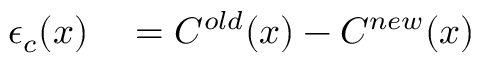
\begin{array} { r l } { \epsilon _ { c } ( x ) } & { { } = C ^ { o l d } ( x ) - C ^ { n e w } ( x ) } \end{array}